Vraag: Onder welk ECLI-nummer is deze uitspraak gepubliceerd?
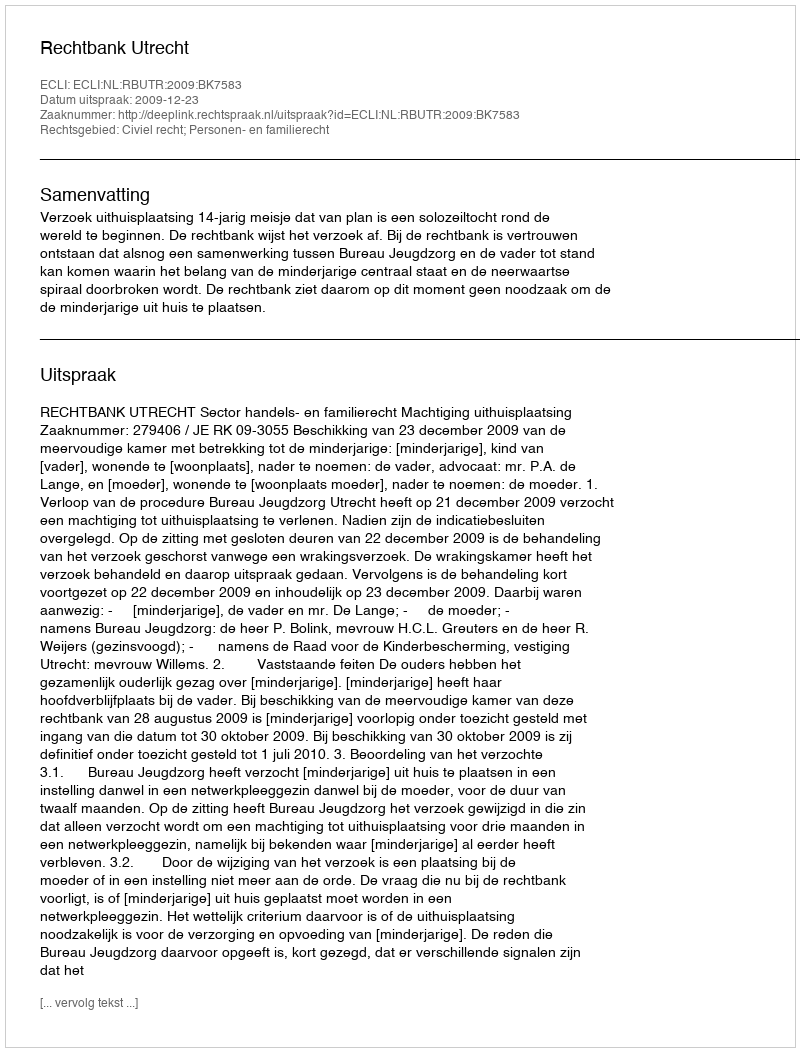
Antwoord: ECLI:NL:RBUTR:2009:BK7583